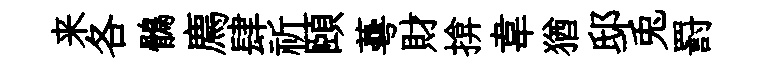
来各鶻廌肆祈頤蕚財揜韋猶邸兎罸